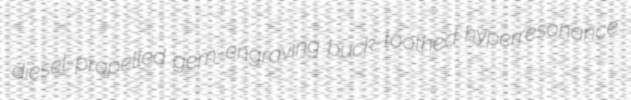
diesel-propelled gem-engraving buck-toothed hyperresonance